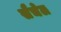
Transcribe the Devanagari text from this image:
सैचेल